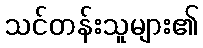
သင်တန်းသူများ၏